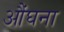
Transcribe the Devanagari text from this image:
औंघना